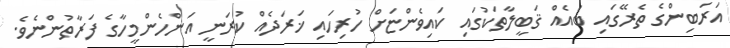
އަރަބިންގެ ތެރޭގައި ބައެއް ޤަބީލާތަކުގައި ކައިވެންޏަށް ހުރިހައި ޚަރަދެއް ކުރަނީ އަންހެންމީހާގެ ފަރާތުންނެވެ.